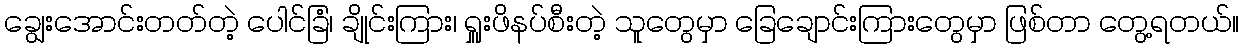
ချွေးအောင်းတတ်တဲ့ ပေါင်ခြံ၊ ချိုင်းကြား၊ ရှူးဖိနပ်စီးတဲ့ သူတွေမှာ ခြေချောင်းကြားတွေမှာ ဖြစ်တာ တွေ့ရတယ်။